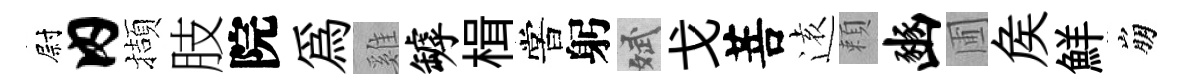
尉内擷肢院為雞罅楫嘗躬斌戈菩逺頼豳圃矦鮮崩